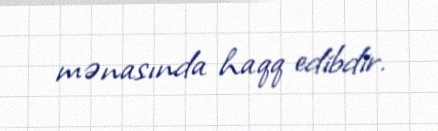
mənasında haqq edibdir.